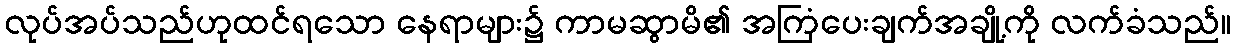
လုပ်အပ်သည်ဟုထင်ရသော နေရာများ၌ ကာမဆွာမိ၏ အကြံပေးချက်အချို့ကို လက်ခံသည်။